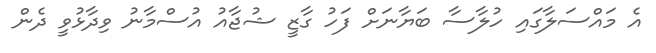
އެ މައްސަލާގައި ހުލާސާ ބަޔާނަށް ފަހު ގާޒީ ޝުޖާއު އުސްމާނު ވިދާޅުވީ ދެން